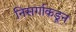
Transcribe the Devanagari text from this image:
निसर्गाकडून